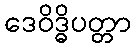
ဒေဝိဒ္ဓိပတ္တာ